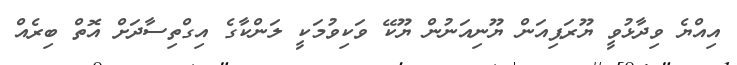
އިއްޔެ ވިދާޅުވީ ޔޫރަޕިއަން ޔޫނިއަނުން ޔޫކޭ ވަކިވުމަކީ ލަންކާގެ އިގްތިސާދަށް އޮތް ބިރެއް